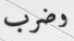
وضرب